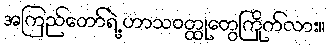
အကြည်တော်ရဲ့ ဟာသဝတ္ထုတွေကြိုက်လား။